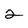
Character: 2